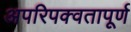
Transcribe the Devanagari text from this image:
अपरिपक्वतापूर्ण